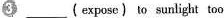
3 ___ (expose) to sunlight too